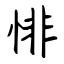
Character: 悱